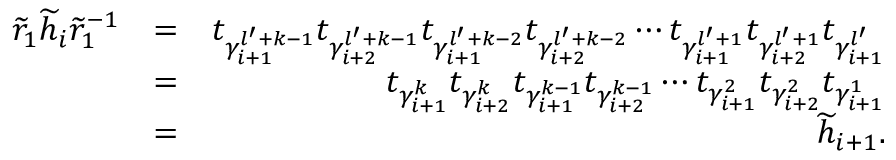
\begin{array} { r l r } { \widetilde { r } _ { 1 } \widetilde { h } _ { i } \widetilde { r } _ { 1 } ^ { - 1 } } & { = } & { t _ { \gamma _ { i + 1 } ^ { l ^ { \prime } + k - 1 } } t _ { \gamma _ { i + 2 } ^ { l ^ { \prime } + k - 1 } } t _ { \gamma _ { i + 1 } ^ { l ^ { \prime } + k - 2 } } t _ { \gamma _ { i + 2 } ^ { l ^ { \prime } + k - 2 } } \cdots t _ { \gamma _ { i + 1 } ^ { l ^ { \prime } + 1 } } t _ { \gamma _ { i + 2 } ^ { l ^ { \prime } + 1 } } t _ { \gamma _ { i + 1 } ^ { l ^ { \prime } } } } \\ & { = } & { t _ { \gamma _ { i + 1 } ^ { k } } t _ { \gamma _ { i + 2 } ^ { k } } t _ { \gamma _ { i + 1 } ^ { k - 1 } } t _ { \gamma _ { i + 2 } ^ { k - 1 } } \cdots t _ { \gamma _ { i + 1 } ^ { 2 } } t _ { \gamma _ { i + 2 } ^ { 2 } } t _ { \gamma _ { i + 1 } ^ { 1 } } } \\ & { = } & { \widetilde { h } _ { i + 1 } . } \end{array}